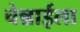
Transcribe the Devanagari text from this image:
चेन्नाईला